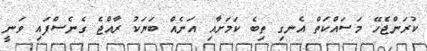
ކުރަންޖެހޭ މަސައްކަތް އެނގި ތިބެ ކަމަށާއި އަނެއް ބަޔަކު ރާއްޖެ ގެނެސްފައި ވަނީ